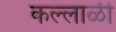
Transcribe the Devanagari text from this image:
कल्लाळी